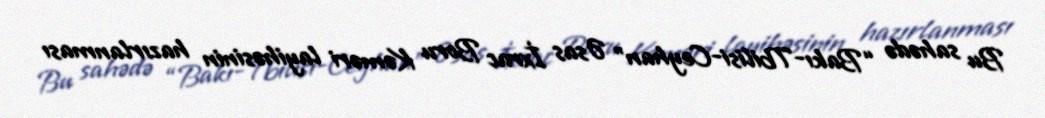
Bu sahədə “Bakı-Tbilisi-Ceyhan” Əsas İxrac Boru Kəməri layihəsinin hazırlanması